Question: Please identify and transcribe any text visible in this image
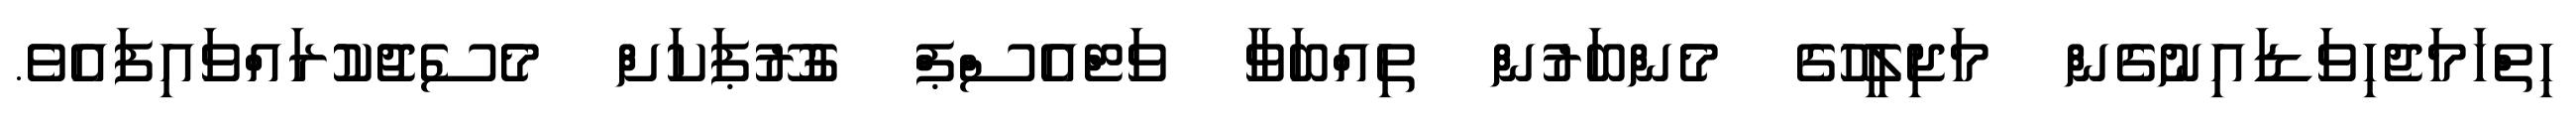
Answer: ހިތްހަމަޖެހިވަޑައިނުގެން މަޖިލީހުގެ މެންބަރުން ތިއްބަވާ ވަޓްއެސްޕް ގުރޫޕަކަށް މެސެޖުކުރައްވައިފައެވެ.